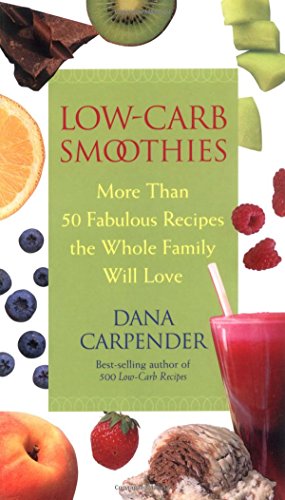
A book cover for Low-Carb Smoothies: More Than 50 Fabulous Recipes the Whole Family Will Love; Dana Carpender; Cookbooks, Food & Wine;